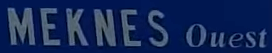
MEKNES Ouest